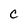
Character: c